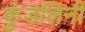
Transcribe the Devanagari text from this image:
कुंडलिनी